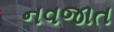
નવજાત